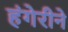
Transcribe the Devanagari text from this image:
हंगेरीने